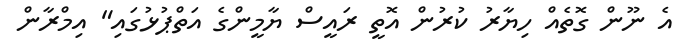
އެ ނޫން ގޮތެއް ހިޔާރު ކުރުން އޮތީ ރައީސް ޔާމީންގެ އަތްޕުޅުގައި" އިމްރާން